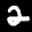
Label: 2